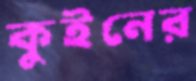
কুইনের